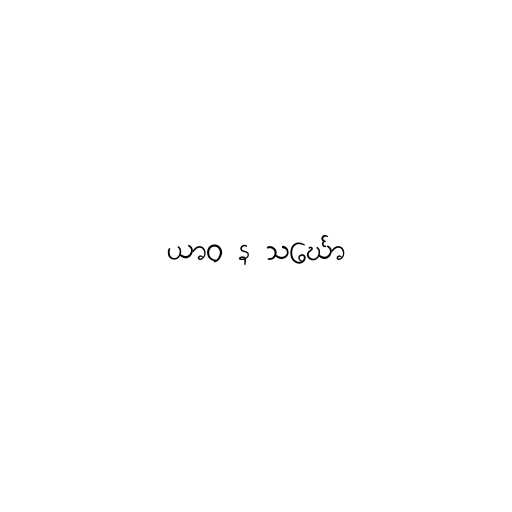
ယာဝ န သင်္ဃော